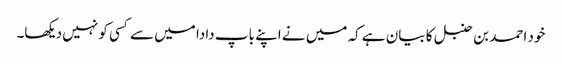
خود احمد بن حنبل کا بیان ہے کہ میں نے اپنے باپ دادا میں سے کسی کو نہیں دیکھا۔